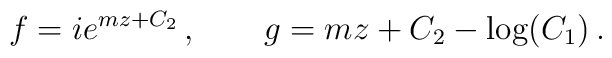
f = i e^{m z+C_2} \,, \qquad  g = m z +C_2 - \log(C_1) \,.